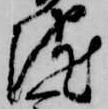
院